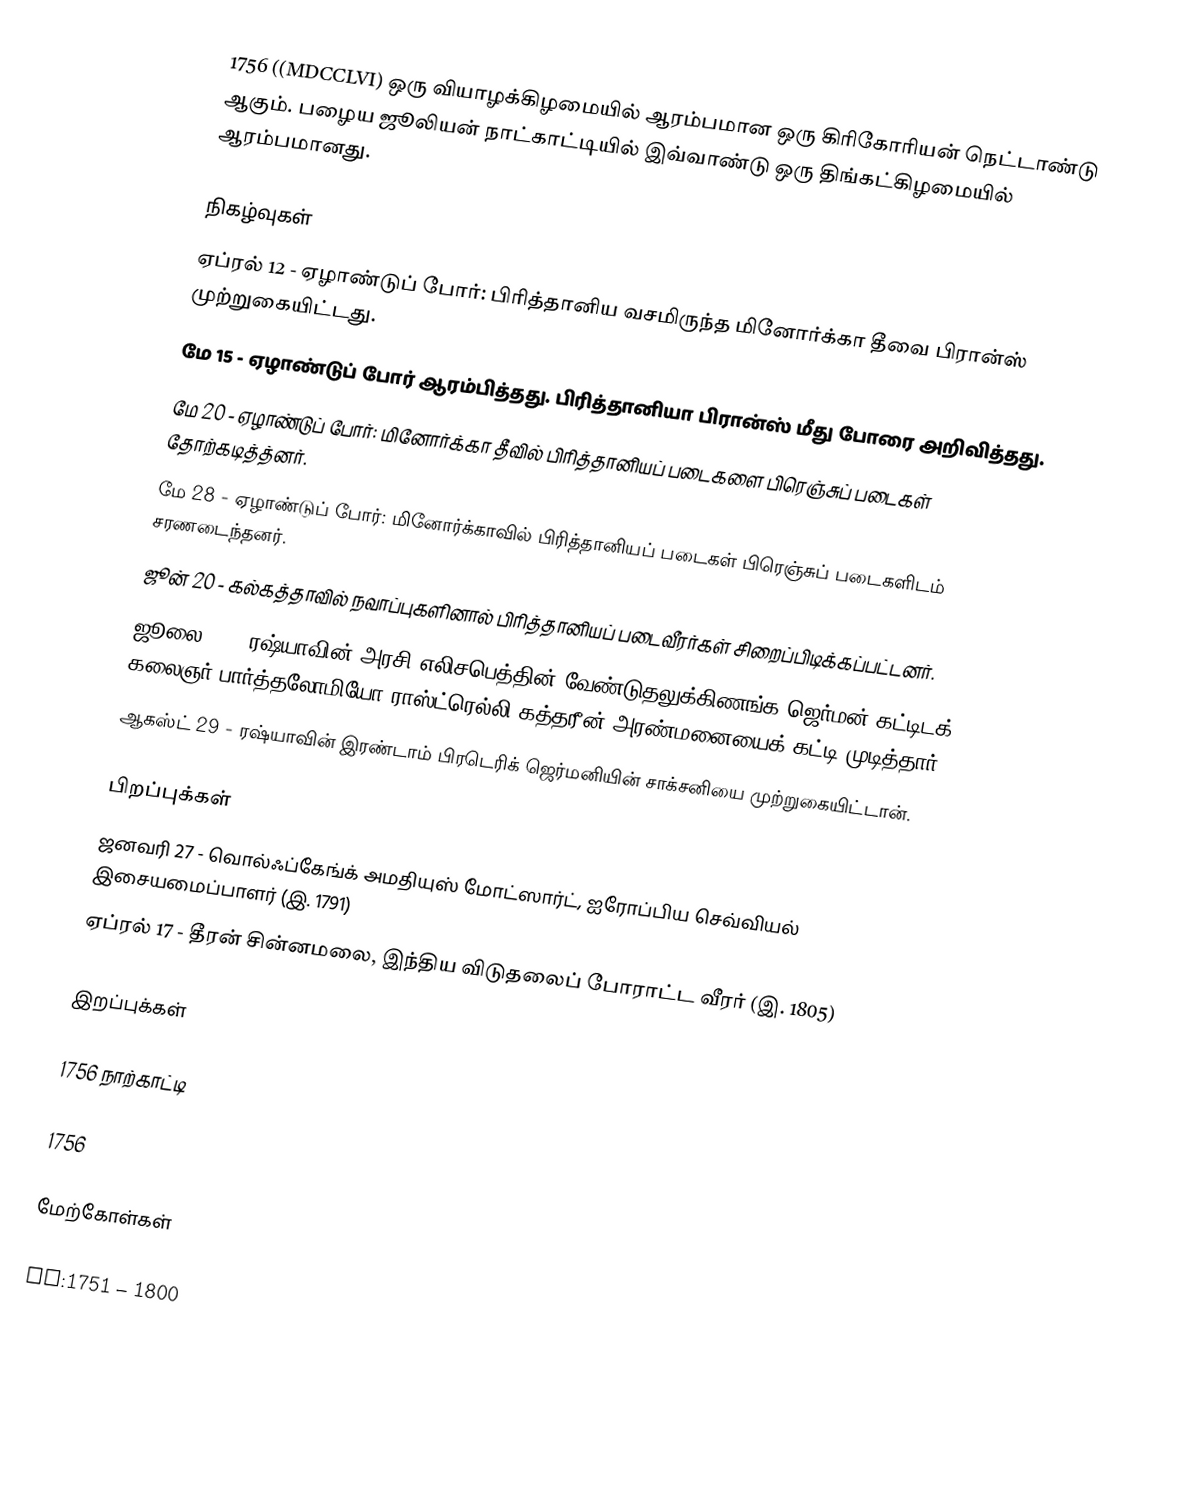
1756  ((MDCCLVI) ஒரு வியாழக்கிழமையில் ஆரம்பமான ஒரு கிரிகோரியன் நெட்டாண்டு ஆகும். பழைய ஜூலியன் நாட்காட்டியில் இவ்வாண்டு ஒரு திங்கட்கிழமையில் ஆரம்பமானது.

நிகழ்வுகள்
 ஏப்ரல் 12 - ஏழாண்டுப் போர்: பிரித்தானிய வசமிருந்த மினோர்க்கா தீவை பிரான்ஸ் முற்றுகையிட்டது.
 மே 15 - ஏழாண்டுப் போர் ஆரம்பித்தது. பிரித்தானியா பிரான்ஸ் மீது போரை அறிவித்தது.
 மே 20 - ஏழாண்டுப் போர்: மினோர்க்கா தீவில் பிரித்தானியப் படைகளை பிரெஞ்சுப் படைகள் தோற்கடித்த்னர்.
 மே 28 - ஏழாண்டுப் போர்: மினோர்க்காவில் பிரித்தானியப் படைகள் பிரெஞ்சுப் படைகளிடம் சரணடைந்தனர்.
 ஜூன் 20 - கல்கத்தாவில் நவாப்புகளினால் பிரித்தானியப் படைவீரர்கள் சிறைப்பிடிக்கப்பட்டனர்.
 ஜூலை 30 - ரஷ்யாவின் அரசி எலிசபெத்தின் வேண்டுதலுக்கிணங்க ஜெர்மன் கட்டிடக் கலைஞர் பார்த்தலோமியோ ராஸ்ட்ரெல்லி கத்தரீன் அரண்மனையைக் கட்டி முடித்தார்.
  ஆகஸ்ட் 29 - ரஷ்யாவின் இரண்டாம் பிரடெரிக் ஜெர்மனியின் சாக்சனியை முற்றுகையிட்டான்.

பிறப்புக்கள்
 ஜனவரி 27 - வொல்ஃப்கேங்க் அமதியுஸ் மோட்ஸார்ட், ஐரோப்பிய செவ்வியல் இசையமைப்பாளர் (இ. 1791)
 ஏப்ரல் 17 - தீரன் சின்னமலை, இந்திய விடுதலைப் போராட்ட வீரர் (இ. 1805)

இறப்புக்கள்

1756 நாற்காட்டி

1756

மேற்கோள்கள்

nv:1751 – 1800